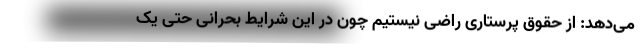
می‌دهد: از حقوق پرستاری راضی نیستیم چون در این شرایط بحرانی حتی یک